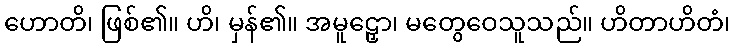
ဟောတိ၊ ဖြစ်၏။ ဟိ၊ မှန်၏။ အမူဠှော၊ မတွေဝေသူသည်။ ဟိတာဟိတံ၊